Leaving Certificate Examination (including Day School Certificate (Higher) General paper), 1938
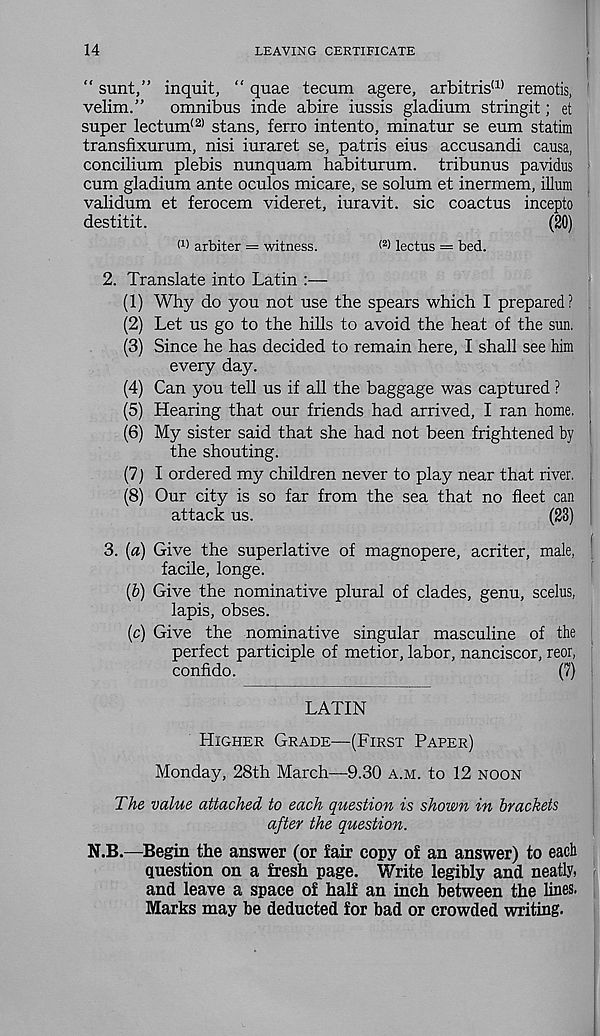
14
LEAVING CERTIFICATE
“ sunt,” inquit, “ quae tecum agere, arbitris (1) remotis,
velim.” omnibus inde abire iussis gladium stringit; et
super lectum (2) stans, ferro intento, minatur se eum statim
transfixurum, nisi iuraret se, patris eius accusandi causa,
concilium plebis nunquam habiturum. tribunus pavidus
cum gladium ante oculos micare, se solum et inermem, ilium
validum et ferocem videret, iuravit. sic coactus incepto
destitit.
(20)
M arbiter = witness.
lectus = bed.
2. Translate into Latin :—
(1) Why do you not use the spears which I prepared?
(2) Let us go to the hills to avoid the heat of the sun.
(3) Since he has decided to remain here, I shall see him
every day.
(4) Can you tell us if all the baggage was captured ?
(5) Hearing that our friends had arrived, I ran home.
(6) My sister said that she had not been frightened by
the shouting.
(7) I ordered my children never to play near that river.
(8) Our city is so far from the sea that no fleet can
attack us.
(23)
3. [a) Give the superlative of magnopere, acriter, male,
facile, longe.
(b) Give the nominative plural of clades, genu, seeks,
lapis, obses.
(c) Give the nominative singular masculine of the
perfect participle of metior, labor, nanciscor, reor,
confido.
(7)
LATIN
HIGHER GRADE—(FIRST PAPER)
Monday, 28th March—9.30 A.M. to 12 NOON
The value attached to each question is shown in brackets
after the question.
N.B.—Begin the answer (or fair copy of an answer) to each
question on a fresh page. Write legibly and neatly,
and leave a space of half an inch between the lines.
Marks may be deducted for bad or crowded writing.